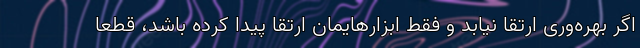
اگر بهره‌وری ارتقا نیابد و فقط ابزارهایمان ارتقا پیدا کرده باشد، قطعا